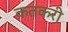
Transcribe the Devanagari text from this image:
कतकरी